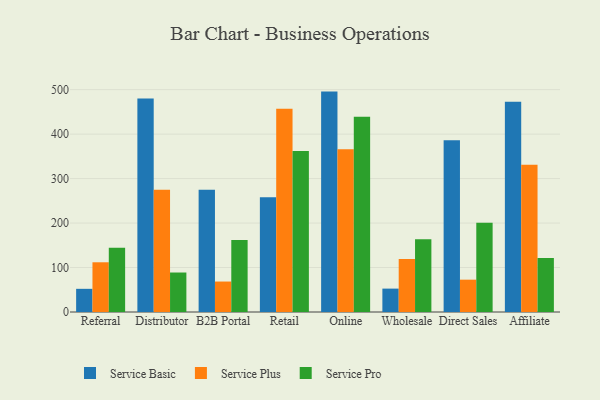
{"axis": {"x": "Channel", "y": "Gross Profit (USD K)"}, "legend": ["Service Basic", "Service Plus", "Service Pro"], "data": [{"x": "Referral", "y": 52.1, "type": "Service Basic"}, {"x": "Referral", "y": 111.8, "type": "Service Plus"}, {"x": "Referral", "y": 144.6, "type": "Service Pro"}, {"x": "Distributor", "y": 480.1, "type": "Service Basic"}, {"x": "Distributor", "y": 275.0, "type": "Service Plus"}, {"x": "Distributor", "y": 88.8, "type": "Service Pro"}, {"x": "B2B Portal", "y": 274.7, "type": "Service Basic"}, {"x": "B2B Portal", "y": 68.5, "type": "Service Plus"}, {"x": "B2B Portal", "y": 161.9, "type": "Service Pro"}, {"x": "Retail", "y": 258.0, "type": "Service Basic"}, {"x": "Retail", "y": 457.0, "type": "Service Plus"}, {"x": "Retail", "y": 361.9, "type": "Service Pro"}, {"x": "Online", "y": 495.6, "type": "Service Basic"}, {"x": "Online", "y": 366.1, "type": "Service Plus"}, {"x": "Online", "y": 439.2, "type": "Service Pro"}, {"x": "Wholesale", "y": 52.6, "type": "Service Basic"}, {"x": "Wholesale", "y": 118.9, "type": "Service Plus"}, {"x": "Wholesale", "y": 163.4, "type": "Service Pro"}, {"x": "Direct Sales", "y": 386.3, "type": "Service Basic"}, {"x": "Direct Sales", "y": 72.7, "type": "Service Plus"}, {"x": "Direct Sales", "y": 200.9, "type": "Service Pro"}, {"x": "Affiliate", "y": 472.6, "type": "Service Basic"}, {"x": "Affiliate", "y": 331.2, "type": "Service Plus"}, {"x": "Affiliate", "y": 121.4, "type": "Service Pro"}]}